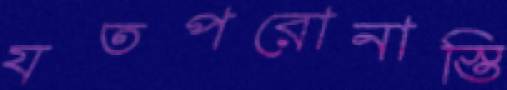
যতপরোনাস্তি